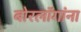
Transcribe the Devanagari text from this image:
बोरलॉगांना